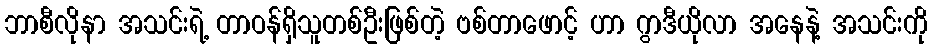
ဘာစီလိုနာ အသင်းရဲ့ တာဝန်ရှိသူတစ်ဦးဖြစ်တဲ့ ဗစ်တာဖောင့် ဟာ ဂွာဒီယိုလာ အနေနဲ့ အသင်းကို